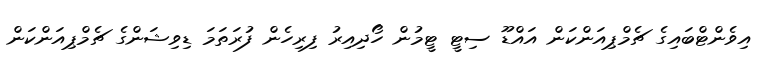
އިވެންޓްބައިގެ ޗެމްޕިއަންކަން އައްޑޫ ސިޓީ ޓީމުން ހޯދިއިރު ފިރިހެން ފުރަތަމަ ޑިވިޝަންގެ ޗެމްޕިއަންކަން